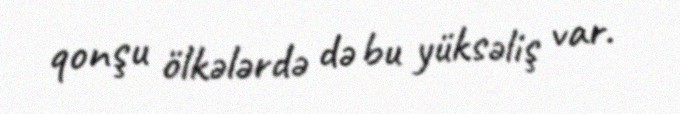
qonşu ölkələrdə də bu yüksəliş var.